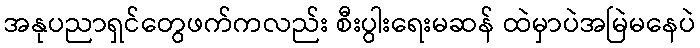
အနုပညာရှင်တွေဖက်ကလည်း စီးပွါးရေးမဆန် ထဲမှာပဲအမြဲမနေပဲ